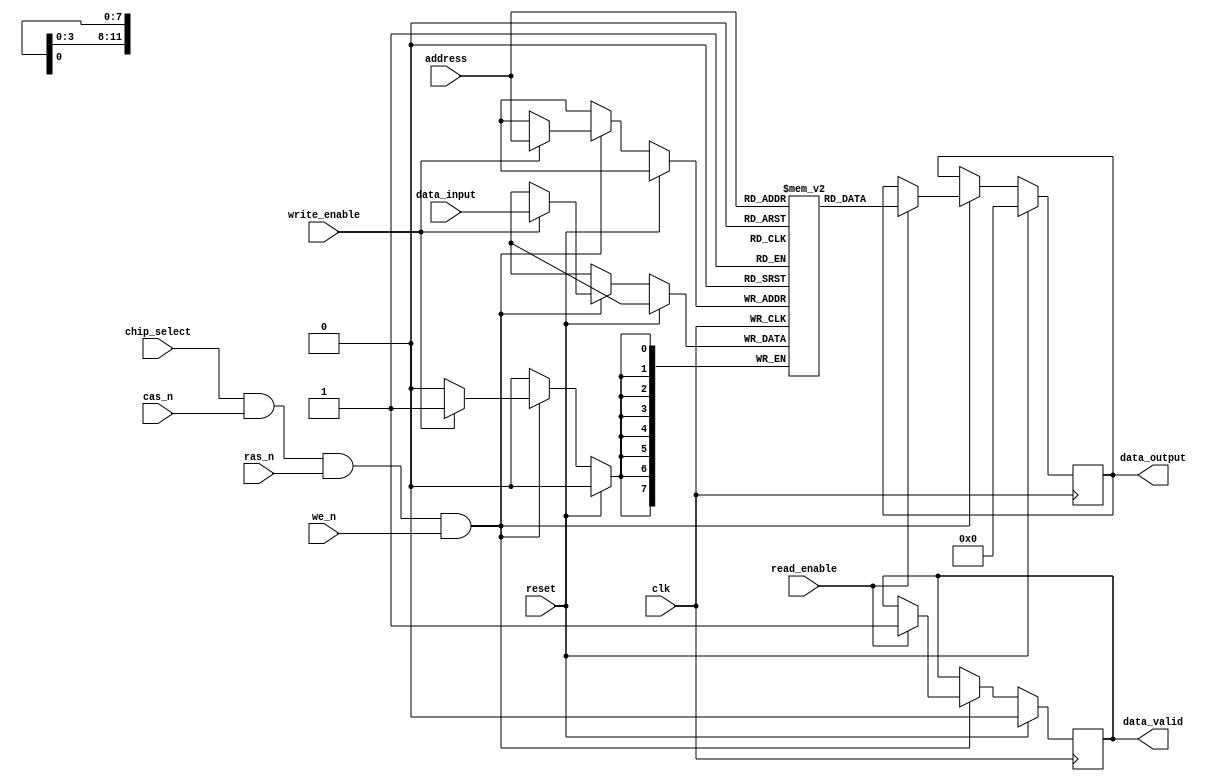
module ddr_sdram (
    input wire clk,
    input wire reset,
    input wire write_enable,
    input wire read_enable,
    input wire [7:0] data_input,
    output reg [7:0] data_output,
    input wire [11:0] address,
    input wire chip_select,
    input wire cas_n,
    input wire ras_n,
    input wire we_n,
    output reg data_valid
);

reg [7:0] memory [0:4095];

always @(posedge clk) begin
    if (reset) begin
        data_output <= 8'b0;
        data_valid <= 1'b0;
    end else begin
        if (chip_select && cas_n && ras_n && we_n) begin
            if (write_enable) begin
                memory[address] <= data_input;
            end
            if (read_enable) begin
                data_output <= memory[address];
                data_valid <= 1'b1;
            end
        end
    end
end

endmodule